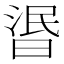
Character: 𣇹